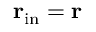
{ \bf r } _ { \mathrm { i n } } = { \bf r }